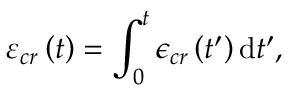
\varepsilon _ { c r } \left( t \right) = \int _ { 0 } ^ { t } \epsilon _ { c r } \left( t ^ { \prime } \right) \mathrm { d } t ^ { \prime } ,